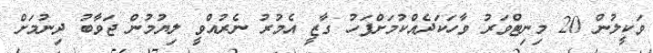
ވަކީލުން 20 މިނިޓްވަރު ވާހަކަދެއްކުމަށްފަހު ގާޒީ އެމުރު ނެރުއްވީ ލިޔުމުން ޖަވާބު ދިނުމަށް